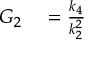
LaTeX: \begin{array} { r l } { G _ { 2 } } & { { } = { \frac { k _ { 4 } } { k _ { 2 } ^ { 2 } } } } \end{array}